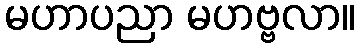
မဟာပညာ မဟဗ္ဗလာ။